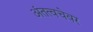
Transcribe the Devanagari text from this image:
अंतत्वचेवर